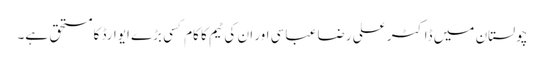
چولستان میں ڈاکٹر علی رضا عباسی اور ان کی ٹیم کا کام کسی بڑے ایوارڈ کا مستحق ہے۔